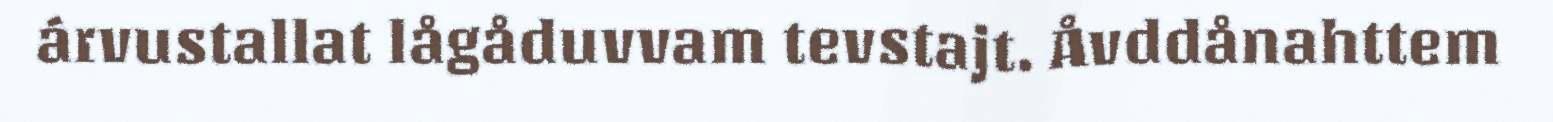
árvustallat lågåduvvam tevstajt. Åvddånahttem